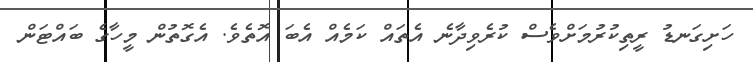
ހަށިގަނޑު ރީތިކުރުމަށްވެސް ކުރެވިދާނެ އެތައް ކަމެއް އެބަ އޮތެވެ. އެގޮތުން މީހާގެ ބައްޓަން